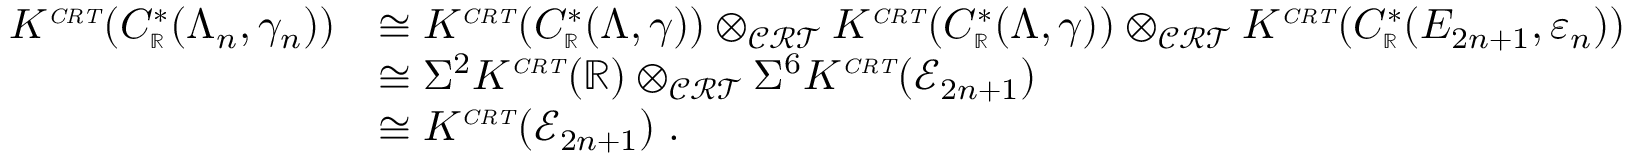
\begin{array} { r l } { K ^ { \scriptscriptstyle { \it C R T } } ( C \sp * _ { \scriptscriptstyle { \mathbb R } } ( \Lambda _ { n } , \gamma _ { n } ) ) } & { \cong K ^ { \scriptscriptstyle { \it C R T } } ( C \sp * _ { \scriptscriptstyle { \mathbb R } } ( \Lambda , \gamma ) ) \otimes _ { \mathcal { C R T } } K ^ { \scriptscriptstyle { \it C R T } } ( C \sp * _ { \scriptscriptstyle { \mathbb R } } ( \Lambda , \gamma ) ) \otimes _ { \mathcal { C R T } } K ^ { \scriptscriptstyle { \it C R T } } ( C \sp * _ { \scriptscriptstyle { \mathbb R } } ( E _ { 2 n + 1 } , \varepsilon _ { n } ) ) } \\ & { \cong \Sigma ^ { 2 } K ^ { \scriptscriptstyle { \it C R T } } ( { \mathbb R } ) \otimes _ { \mathcal { C R T } } \Sigma ^ { 6 } K ^ { \scriptscriptstyle { \it C R T } } ( { \mathcal E } _ { 2 n + 1 } ) } \\ & { \cong K ^ { \scriptscriptstyle { \it C R T } } ( { \mathcal E } _ { 2 n + 1 } ) \; . } \end{array}